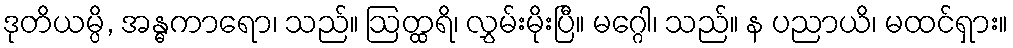
ဒုတိယမ္ပိ, အန္ဓကာရော၊ သည်။ ဩတ္ထရိ၊ လွှမ်းမိုးပြီ။ မဂ္ဂေါ၊ သည်။ န ပညာယိ၊ မထင်ရှား။